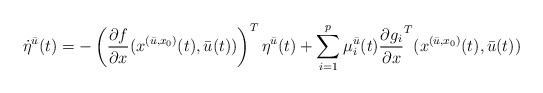
LaTeX: \begin{align*}\dot{\eta}^{\bar{u}}(t)= - \left( \frac{\partial f}{\partial x}(x^{(\bar{u},x_{0})}(t),\bar{u}(t))\right)^T\eta^{\bar{u}}(t) + \sum_{i=1}^p \mu^{\bar{u}}_i(t)\frac{\partial g_i}{\partial x}^T(x^{(\bar{u},x_{0})}(t),\bar{u}(t))\end{align*}